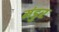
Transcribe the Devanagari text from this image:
मंडुर